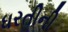
ધરતીની